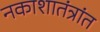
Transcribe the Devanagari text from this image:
नकाशातंत्रांत